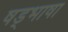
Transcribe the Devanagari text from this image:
षड्भाषा